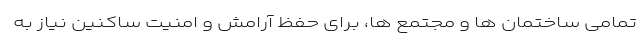
تمامی ساختمان ها و مجتمع ها، برای حفظ آرامش و امنیت ساکنین نیاز به